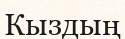
Кыздың